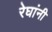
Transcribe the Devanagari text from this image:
रेघांनी